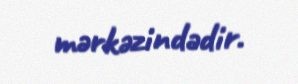
mərkəzindədir.